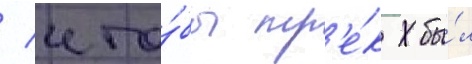
/ что́бы тр'е́к бы́л